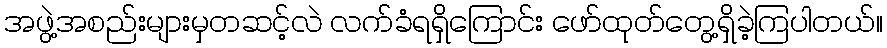
အဖွဲ့အစည်းများမှတဆင့်လဲ လက်ခံရရှိကြောင်း ဖော်ထုတ်တွေ့ရှိခဲ့ကြပါတယ်။